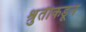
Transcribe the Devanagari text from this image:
श्रुतीकडून